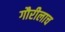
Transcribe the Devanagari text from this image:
गौरीलाच